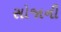
સોજાની